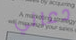
دعاني